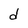
Character: d